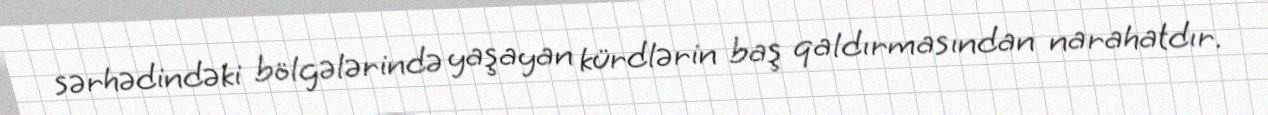
sərhədindəki bölgələrində yaşayan kürdlərin baş qaldırmasından narahatdır.